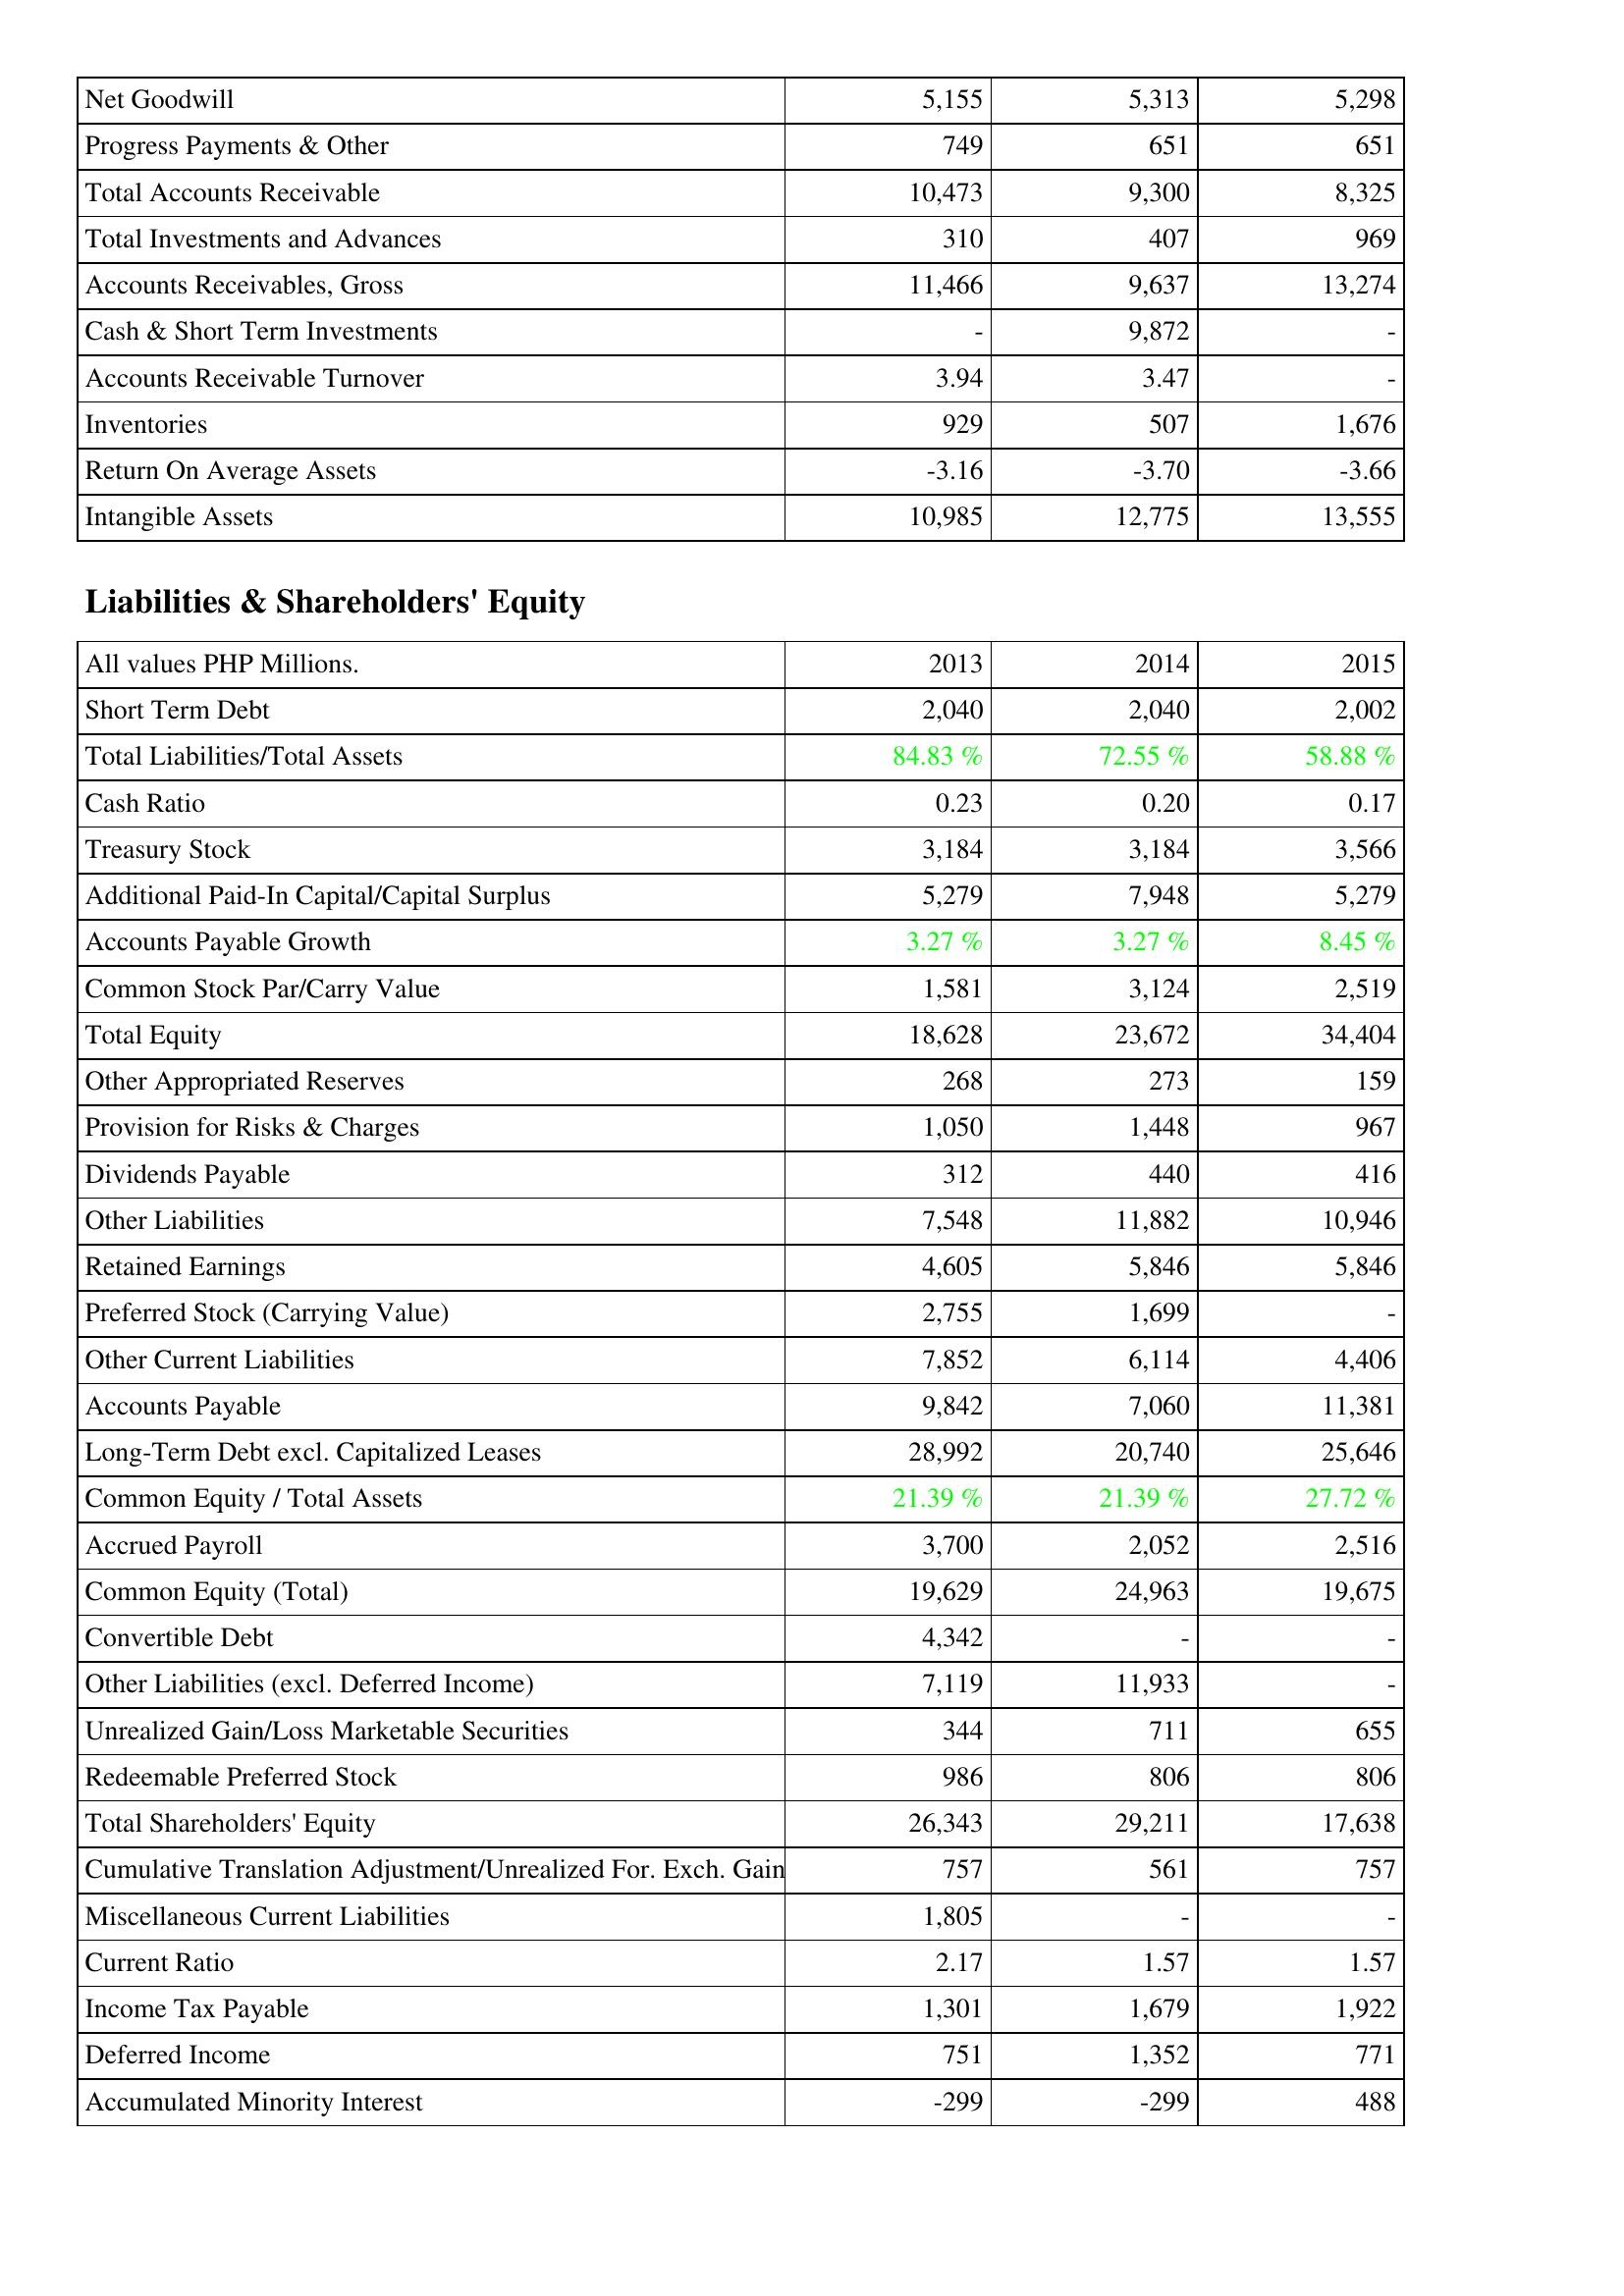
2013: Assets: Net Goodwill: 5,155
Progress Payments & Other: 749
Total Accounts Receivable: 10,473
Total Investments and Advances: 310
Accounts Receivables, Gross: 11,466
Cash & Short Term Investments: -
Accounts Receivable Turnover: 3.94
Inventories: 929
Return On Average Assets: -3.16
Intangible Assets: 10,985
Liabilities & Shareholders' Equity: Short Term Debt: 2,040
Total Liabilities/Total Assets: 84.83 %
Cash Ratio: 0.23
Treasury Stock: 3,184
Additional Paid-In Capital/Capital Surplus: 5,279
Accounts Payable Growth: 3.27 %
Common Stock Par/Carry Value: 1,581
Total Equity: 18,628
Other Appropriated Reserves: 268
Provision for Risks & Charges: 1,050
Dividends Payable: 312
Other Liabilities: 7,548
Retained Earnings: 4,605
Preferred Stock (Carrying Value): 2,755
Other Current Liabilities: 7,852
Accounts Payable: 9,842
Long-Term Debt excl. Capitalized Leases: 28,992
Common Equity / Total Assets: 21.39 %
Accrued Payroll: 3,700
Common Equity (Total): 19,629
Convertible Debt: 4,342
Other Liabilities (excl. Deferred Income): 7,119
Unrealized Gain/Loss Marketable Securities: 344
Redeemable Preferred Stock: 986
Total Shareholders' Equity: 26,343
Cumulative Translation Adjustment/Unrealized For. Exch. Gain: 757
Miscellaneous Current Liabilities: 1,805
Current Ratio: 2.17
Income Tax Payable: 1,301
Deferred Income: 751
Accumulated Minority Interest: -299
2014: Assets: Net Goodwill: 5,313
Progress Payments & Other: 651
Total Accounts Receivable: 9,300
Total Investments and Advances: 407
Accounts Receivables, Gross: 9,637
Cash & Short Term Investments: 9,872
Accounts Receivable Turnover: 3.47
Inventories: 507
Return On Average Assets: -3.70
Intangible Assets: 12,775
Liabilities & Shareholders' Equity: Short Term Debt: 2,040
Total Liabilities/Total Assets: 72.55 %
Cash Ratio: 0.20
Treasury Stock: 3,184
Additional Paid-In Capital/Capital Surplus: 7,948
Accounts Payable Growth: 3.27 %
Common Stock Par/Carry Value: 3,124
Total Equity: 23,672
Other Appropriated Reserves: 273
Provision for Risks & Charges: 1,448
Dividends Payable: 440
Other Liabilities: 11,882
Retained Earnings: 5,846
Preferred Stock (Carrying Value): 1,699
Other Current Liabilities: 6,114
Accounts Payable: 7,060
Long-Term Debt excl. Capitalized Leases: 20,740
Common Equity / Total Assets: 21.39 %
Accrued Payroll: 2,052
Common Equity (Total): 24,963
Convertible Debt: -
Other Liabilities (excl. Deferred Income): 11,933
Unrealized Gain/Loss Marketable Securities: 711
Redeemable Preferred Stock: 806
Total Shareholders' Equity: 29,211
Cumulative Translation Adjustment/Unrealized For. Exch. Gain: 561
Miscellaneous Current Liabilities: -
Current Ratio: 1.57
Income Tax Payable: 1,679
Deferred Income: 1,352
Accumulated Minority Interest: -299
2015: Assets: Net Goodwill: 5,298
Progress Payments & Other: 651
Total Accounts Receivable: 8,325
Total Investments and Advances: 969
Accounts Receivables, Gross: 13,274
Cash & Short Term Investments: -
Accounts Receivable Turnover: -
Inventories: 1,676
Return On Average Assets: -3.66
Intangible Assets: 13,555
Liabilities & Shareholders' Equity: Short Term Debt: 2,002
Total Liabilities/Total Assets: 58.88 %
Cash Ratio: 0.17
Treasury Stock: 3,566
Additional Paid-In Capital/Capital Surplus: 5,279
Accounts Payable Growth: 8.45 %
Common Stock Par/Carry Value: 2,519
Total Equity: 34,404
Other Appropriated Reserves: 159
Provision for Risks & Charges: 967
Dividends Payable: 416
Other Liabilities: 10,946
Retained Earnings: 5,846
Preferred Stock (Carrying Value): -
Other Current Liabilities: 4,406
Accounts Payable: 11,381
Long-Term Debt excl. Capitalized Leases: 25,646
Common Equity / Total Assets: 27.72 %
Accrued Payroll: 2,516
Common Equity (Total): 19,675
Convertible Debt: -
Other Liabilities (excl. Deferred Income): -
Unrealized Gain/Loss Marketable Securities: 655
Redeemable Preferred Stock: 806
Total Shareholders' Equity: 17,638
Cumulative Translation Adjustment/Unrealized For. Exch. Gain: 757
Miscellaneous Current Liabilities: -
Current Ratio: 1.57
Income Tax Payable: 1,922
Deferred Income: 771
Accumulated Minority Interest: 488